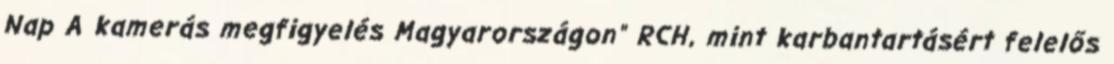
Nap A kamerás megfigyelés Magyarországon" RCH, mint karbantartásért felelős